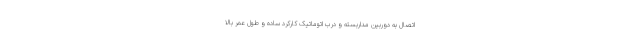
اتصال به دوربین مداربسته و درب اتوماتیک کارکرد ساده و طول عمر بالا